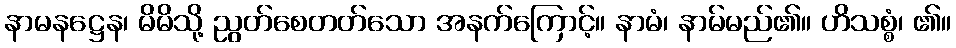
နာမနဋ္ဌေန၊ မိမိသို့ ညွတ်စေတတ်သော အနက်ကြောင့်။ နာမံ၊ နာမ်မည်၏။ ဟိသစ္စံ၊ ၏။